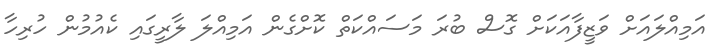
އަމިއްލައަށް ވަޒީފާއަކަށް ގޮސް ބުރަ މަސައްކަތް ކޮށްގެން އަމިއްލަ ލާރީގައި ކެއުމުން ހުރިހާ